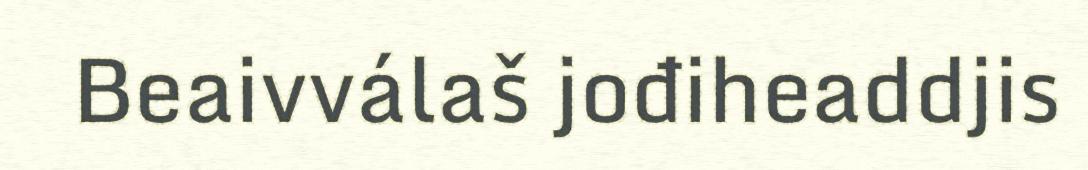
Beaivválaš jođiheaddjis